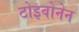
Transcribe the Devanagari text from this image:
टोइवोनेन